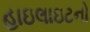
હાઇલાઇટનો